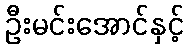
ဦးမင်းအောင်နှင့်